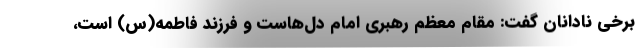
برخی نادانان گفت: مقام معظم رهبری امام دل‌هاست و فرزند فاطمه(س) است،